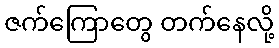
ဇက်ကြောတွေ တက်နေလို့